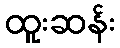
ထူးဆန်း